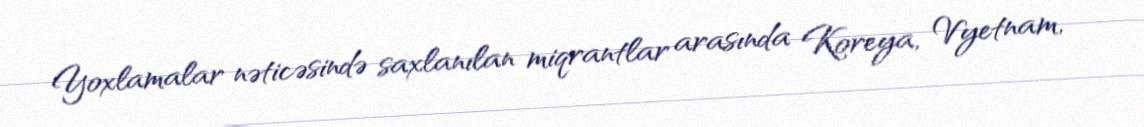
Yoxlamalar nəticəsində saxlanılan miqrantlar arasında Koreya, Vyetnam,